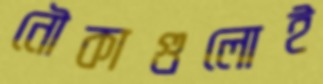
নৌকাগুলোই